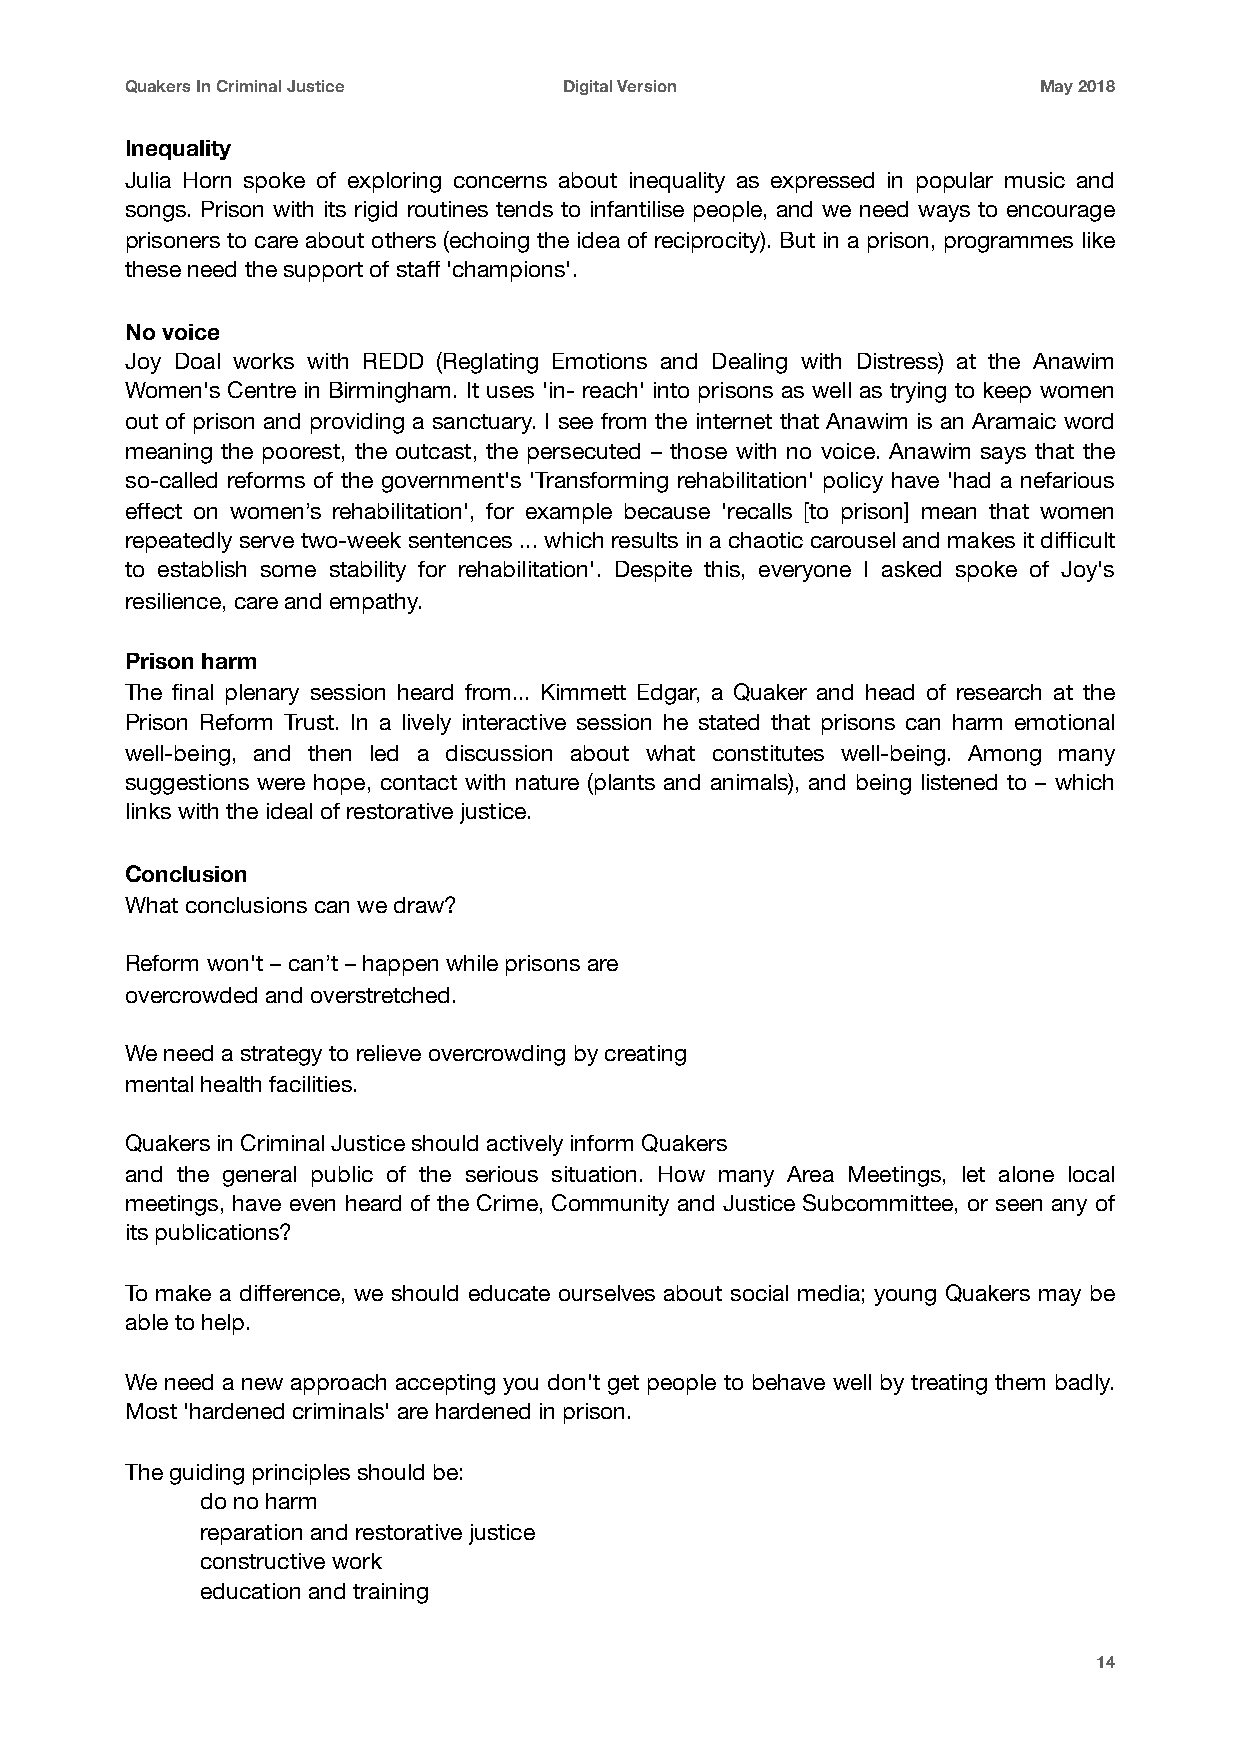
Quakers In Criminal Justice  Digital Version                 May 2018
 Inequality
 Julia Horn spoke of exploring concerns about inequality as expressed in popular music and
 songs. Prison with its rigid routines tends to infantilise people, and we need ways to encourage
 prisoners to care about others (echoing the idea of reciprocity). But in a prison, programmes like
 these need the support of staff 'champions'.
 No voice
 Joy Doal works with REDD (Reglating Emotions and Dealing with Distress) at the Anawim
 Women's Centre in Birmingham. It uses 'in- reach' into prisons as well as trying to keep women
 out of prison and providing a sanctuary. I see from the internet that Anawim is an Aramaic word
 meaning the poorest, the outcast, the persecuted – those with no voice. Anawim says that the
 so-called reforms of the government's 'Transforming rehabilitation' policy have 'had a nefarious
 effect on women’s rehabilitation', for example because 'recalls [to prison] mean that women
 repeatedly serve two-week sentences ... which results in a chaotic carousel and makes it difficult
 to establish some stability for rehabilitation'. Despite this, everyone I asked spoke of Joy's
 resilience, care and empathy.
 Prison harm
 The final plenary session heard from... Kimmett Edgar, a Quaker and head of research at the
 Prison Reform Trust. In a lively interactive session he stated that prisons can harm emotional
 well-being, and then led a discussion about what constitutes well-being. Among many
 suggestions were hope, contact with nature (plants and animals), and being listened to – which
 links with the ideal of restorative justice.
 Conclusion
 What conclusions can we draw?
 Reform won't – can’t – happen while prisons are
 overcrowded and overstretched.
 We need a strategy to relieve overcrowding by creating
 mental health facilities.
 Quakers in Criminal Justice should actively inform Quakers
 and the general public of the serious situation. How many Area Meetings, let alone local
 meetings, have even heard of the Crime, Community and Justice Subcommittee, or seen any of
 its publications?
 To make a difference, we should educate ourselves about social media; young Quakers may be
 able to help.
 We need a new approach accepting you don't get people to behave well by treating them badly.
 Most 'hardened criminals' are hardened in prison.
 The guiding principles should be:
 do no harm
 reparation and restorative justice
 constructive work
 education and training
 14